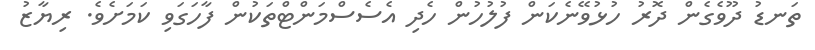
ތަނޑު ދޫވެގެން ދޮރު ހުޅުވޭނެކަން ފުލުހުން ހެދި އެސެސްމަންޓްތަކުން ފާހަގަވި ކަމަށެވެ. ރިޔާޒު